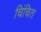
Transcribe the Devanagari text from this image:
चिंचित